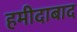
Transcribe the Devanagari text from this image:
हमीदाबाद